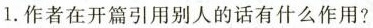
1.作者在开篇引用别人的话有什么作用?